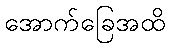
အောက်ခြေအထိ